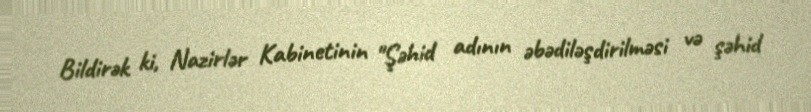
Bildirək ki, Nazirlər Kabinetinin "Şəhid adının əbədiləşdirilməsi və şəhid